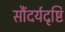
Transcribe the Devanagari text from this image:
सौंदर्यदृष्टि